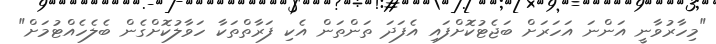
"މިހާރުވާނީ އަންނަ އަހަރަށް ބަޖެޓުކޮށްފައި އެފަދަ ތަންތަން އެކި ފަރާތްތަކާ ހަވާލުކޮށްގެން ބެލެހެއްޓުމަށް"